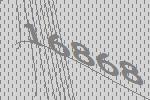
16868